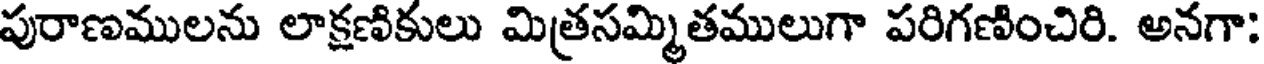
పురాణములను లాక్షణికులు మిత్రసమ్మితములుగా పరిగణించిరి. అనగా: